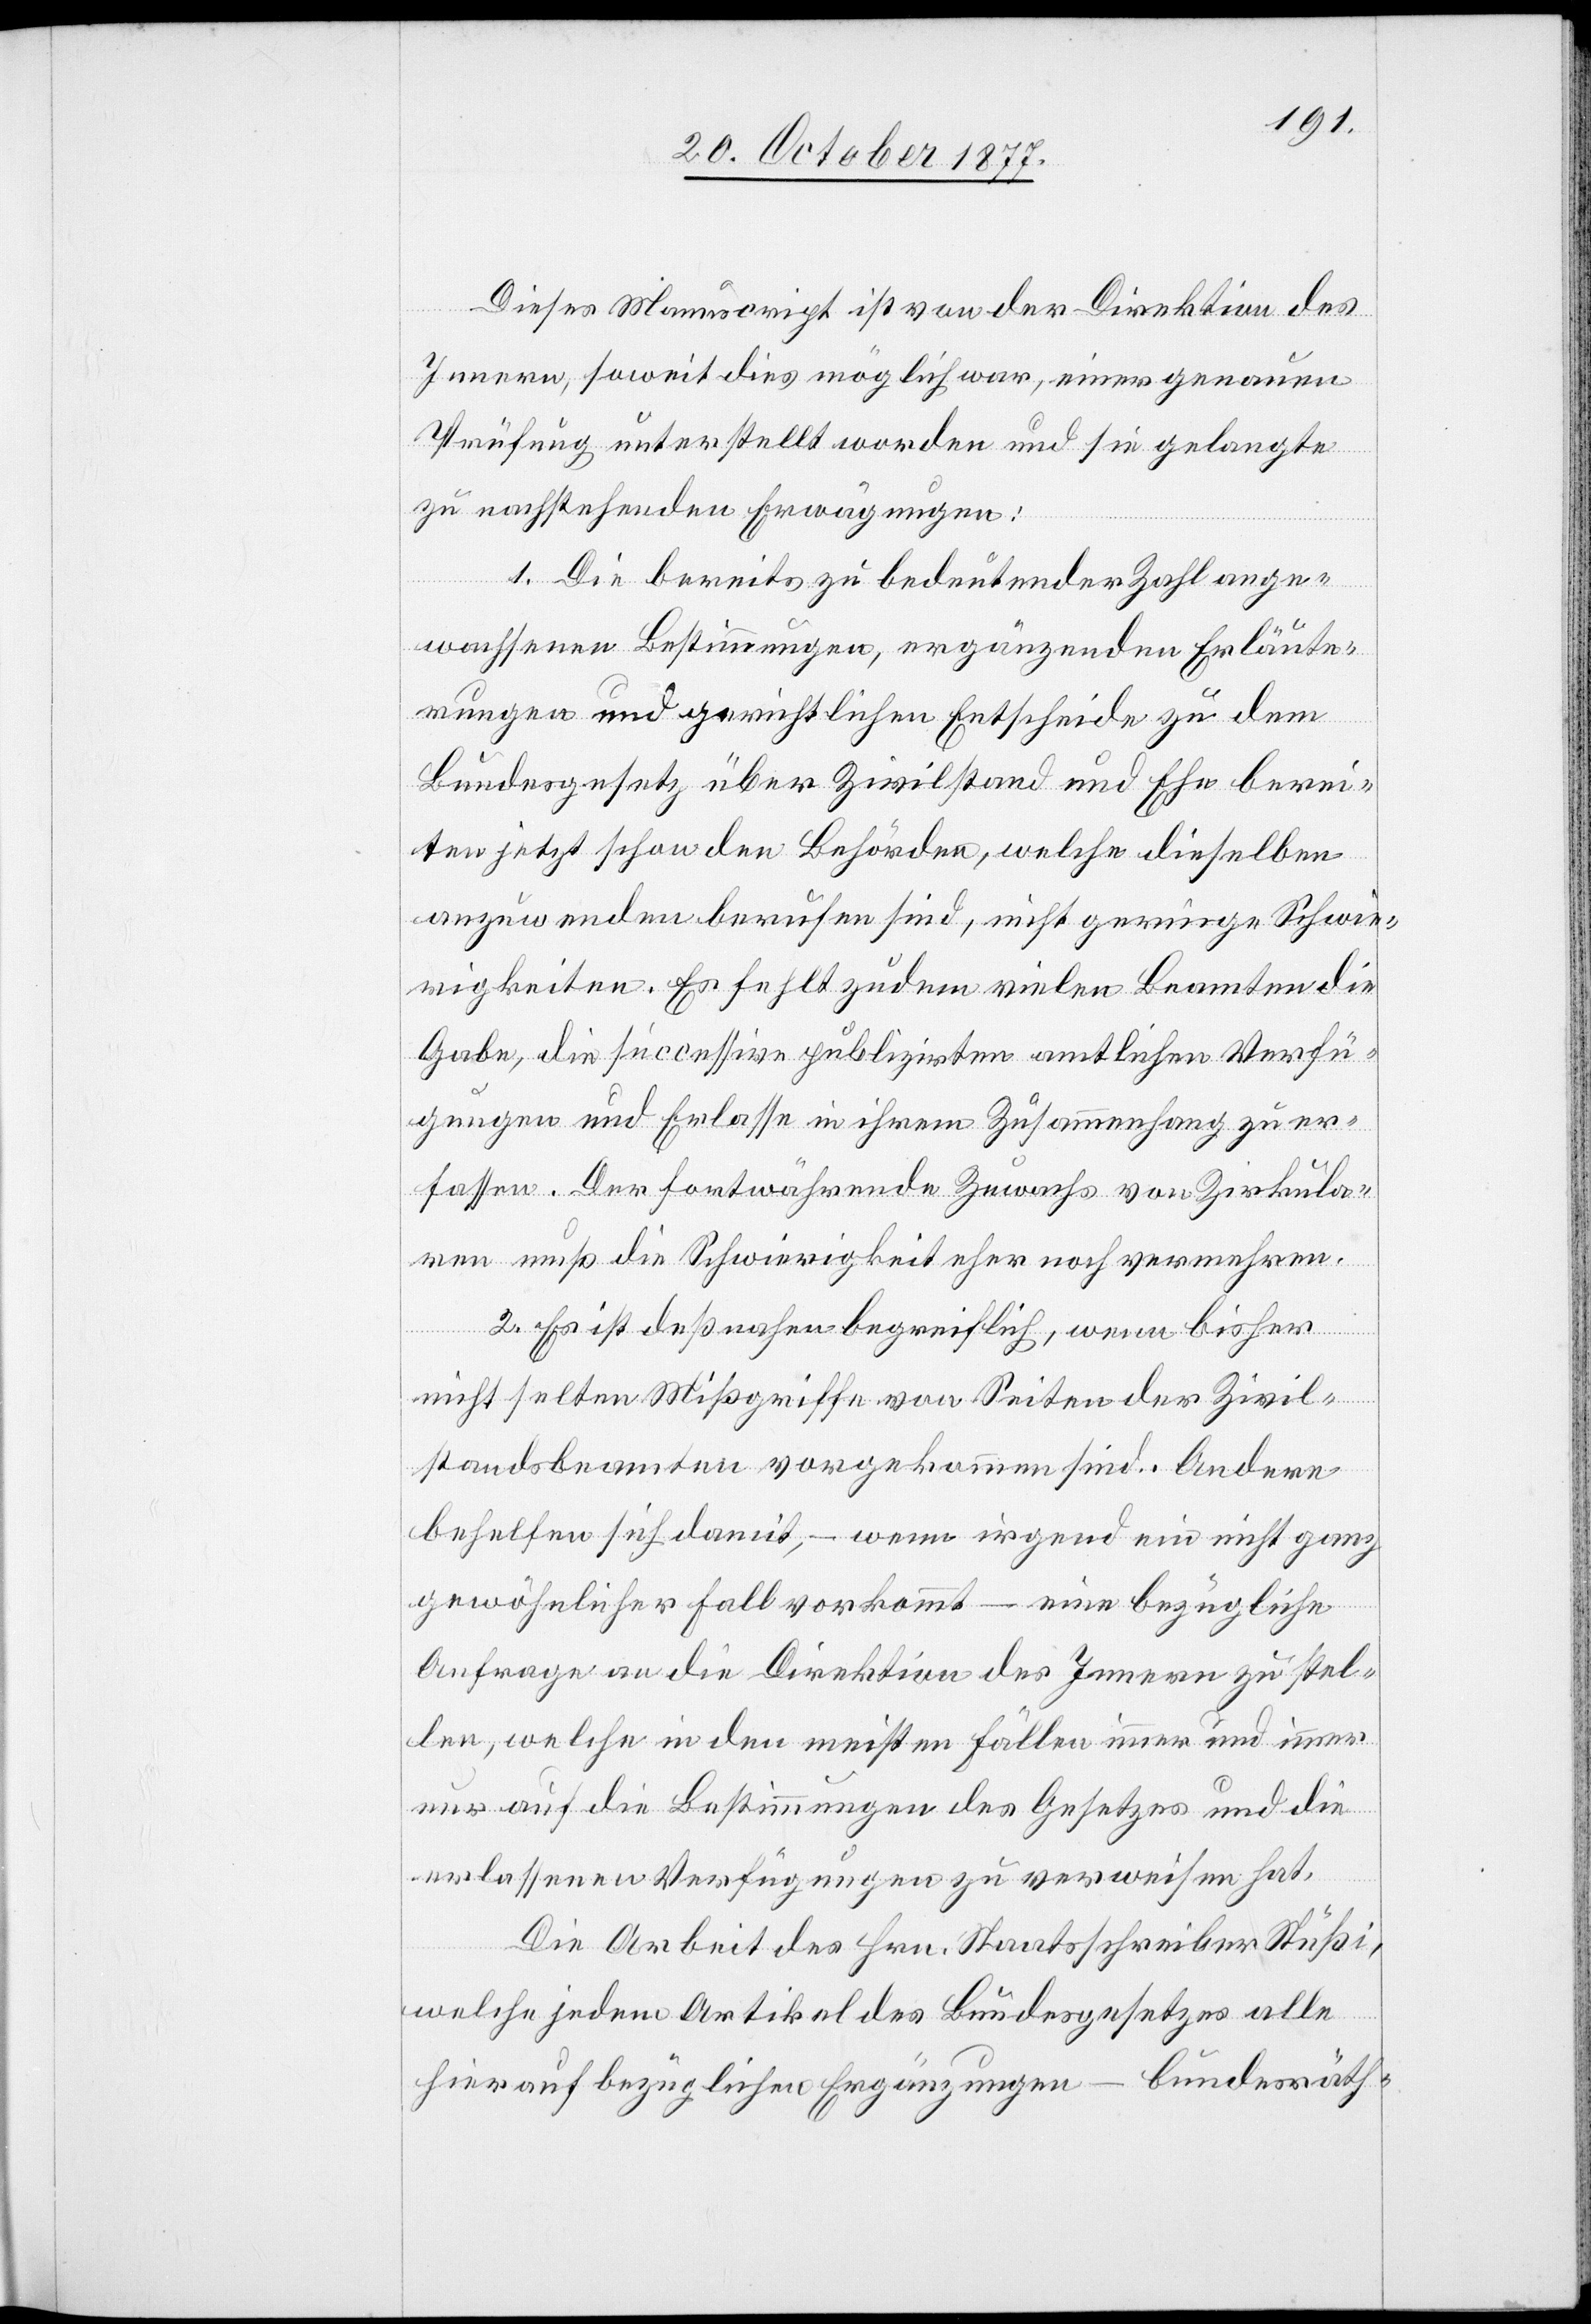
Dieses Manuscript ist von der Direktion des
Innern, soweit dies möglich war, einer genauen
Prüfung unterstellt worden und sie gelangte
zu nachstehenden Erwägungen:
1. Die bereits zu bedeutender Zahl ange¬
wachsenen Bestimmungen, ergänzenden Erläute¬
rungen und gerichtlichen Entscheide zu dem
Bundesgesetz über Zivilstand und Ehe berei¬
ten jetzt schon den Behörden, welche dieselben
anzuwenden berufen sind, nicht geringe Schwie¬
rigkeiten. Es fehlt zudem vielen Beamten die
Gabe, die successive publizirten amtlichen Verfü¬
gungen und Erlasse in ihrem Zusammenhang zu er¬
fassen. Der fortwährende Zuwachs von Zirkula¬
ren muß die Schwierigkeit eher noch vermehren.
2. Es ist deßnahen begreiflich, wenn bisher
nicht selten Mißgriffe von Seiten der Zivil¬
standsbeamten vorgekommen sind. Andere
behelfen sich damit, – wenn irgend ein nicht ganz
gewöhnlicher Fall vorkommt – eine bezügliche
Anfrage an die Direktion des Innern zu stel¬
len, welche in den meisten Fällen immer und immer
nur auf die Bestimmungen des Gesetzes und die
erlassenen Verfügungen zu verweisen hat.
Die Arbeit des Hrn. Staatsschreiber Stüßi,
welche jedem Artikel des Bundesgesetzes alle
hierauf bezüglichen Ergänzungen – bundesräth-